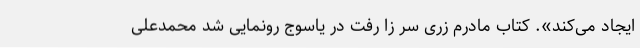
ایجاد می‌کند». کتاب مادرم زری سر زا رفت در یاسوج رونمایی شد محمدعلی